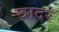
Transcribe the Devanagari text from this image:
चादरं